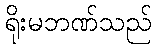
ရိုးမဘဏ်သည်